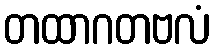
တထာဂတဗလံ